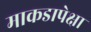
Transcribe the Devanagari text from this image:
माकडापेक्षा